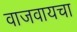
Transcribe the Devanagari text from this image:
वाजवायचा